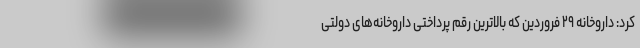
کرد: داروخانه ۲۹ فروردین که بالاترین رقم پرداختی داروخانه‌های دولتی